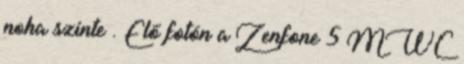
noha szinte . Elő fotón a Zenfone 5 MWC